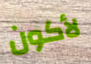
لأكون